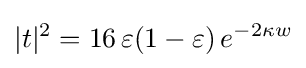
|t|^{2}=16\,\varepsilon (1-\varepsilon )\,e^{-2\kappa w}